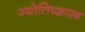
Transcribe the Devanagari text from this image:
ज्योतिष्शास्त्र